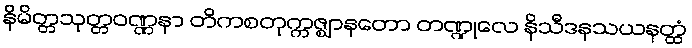
နိမိတ္တသုတ္တဝဏ္ဏနာ တိကစတုက္ကဇ္ဈာနတော တဏ္ဍုလေ နိသီဒနသယနတ္ထံ